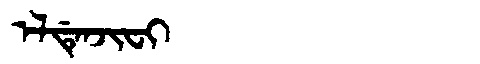
Manchu: ᡝᠯᡩᡝᠨᠵᡳᠸᡳ
Romanization: ELDENJIFI